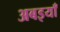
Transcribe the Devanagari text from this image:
अबइयाँ